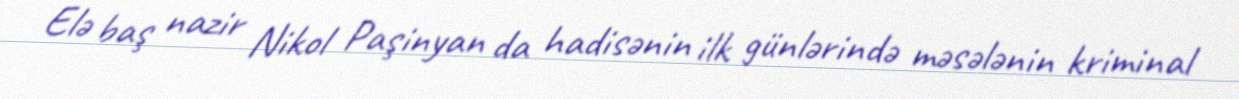
Elə baş nazir Nikol Paşinyan da hadisənin ilk günlərində məsələnin kriminal